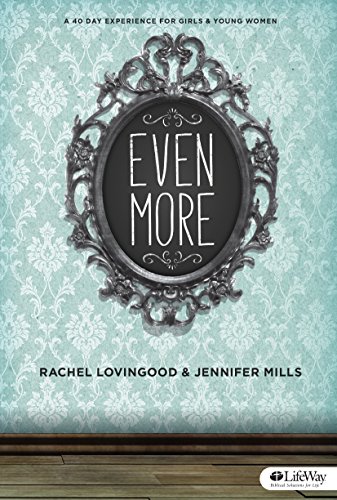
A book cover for Even More: A 40 Day Experience for Girls and Young Women (Member Book); Jennifer Mills; Christian Books & Bibles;